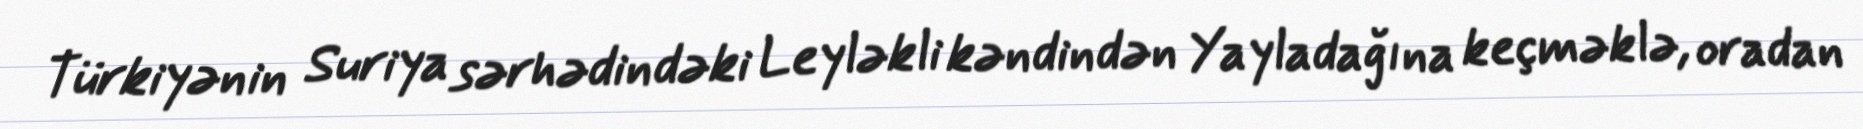
Türkiyənin Suriya sərhədindəki Leyləkli kəndindən Yayladağına keçməklə, oradan